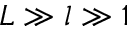
L \gg l \gg 1